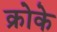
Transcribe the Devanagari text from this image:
क्रोके